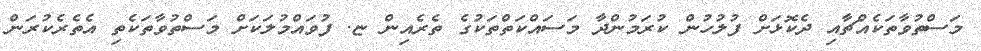
މަސްތުވާތަކެއްޗާއި ދެކޮޅަށް ފުލުހުން ކުރަމުންދާ މަސައްކަތްތަކުގެ ތެރެއިން ޏ. ފުވައްމުލަކަށް މަސްތުވާތަކެތި އެތެރެކުރަން